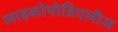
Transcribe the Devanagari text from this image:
लाइकोपोडिएलीज